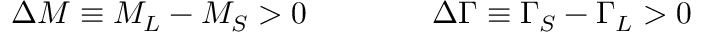
\Delta M \equiv M _ { L } - M _ { S } > 0 \qquad \qquad \Delta \Gamma \equiv \Gamma _ { S } - \Gamma _ { L } > 0